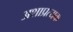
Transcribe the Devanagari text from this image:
अशाप्रत्यक